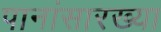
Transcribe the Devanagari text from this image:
पानांसारख्या